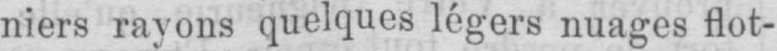
niers rayons quelques légers nuages flot-